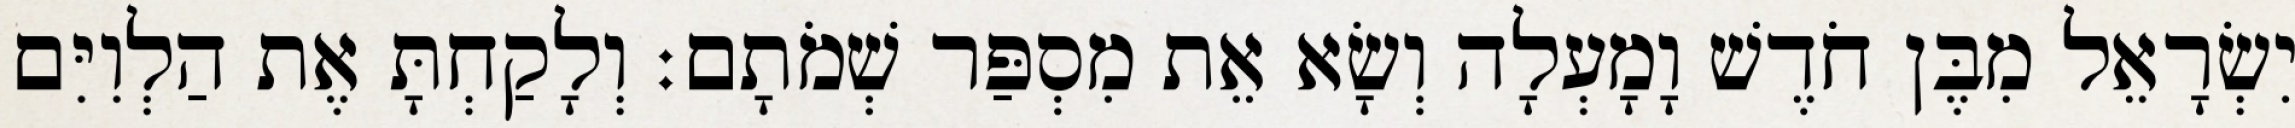
יִשְׂרָאֵל מִבֶּן חֹדֶשׁ וָמָעְלָה וְשָׂא אֵת מִסְפַּר שְׁמֹתָם׃ וְלָקַחְתָּ אֶת הַלְוִיִּם